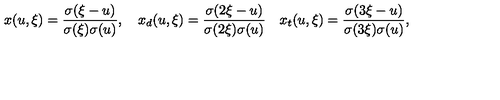
x ( u , \xi ) = { \frac { \sigma ( \xi - u ) } { \sigma ( \xi ) \sigma ( u ) } } , \quad x _ { d } ( u , \xi ) = { \frac { \sigma ( 2 \xi - u ) } { \sigma ( 2 \xi ) \sigma ( u ) } } \quad x _ { t } ( u , \xi ) = { \frac { \sigma ( 3 \xi - u ) } { \sigma ( 3 \xi ) \sigma ( u ) } } ,